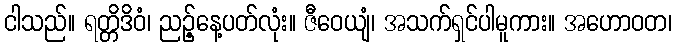
ငါသည်။ ရတ္တိဒိဝံ၊ ညဉ့်နေ့ပတ်လုံး။ ဇီဝေယျံ၊ အသက်ရှင်ပါမူကား။ အဟောဝတ၊